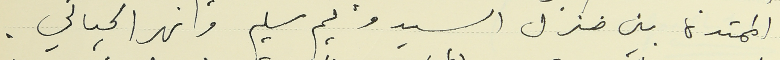
الممتدة بين منزل السيد وليم سليم ونهر الحيالي.